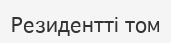
Резидентті том